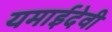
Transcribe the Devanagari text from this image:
यमाईदेवी